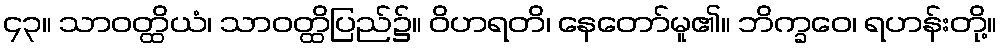
၄၃။ သာဝတ္ထိယံ၊ သာဝတ္ထိပြည်၌။ ဝိဟရတိ၊ နေတော်မူ၏။ ဘိက္ခဝေ၊ ရဟန်းတို့။